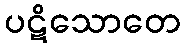
ပဋိသောတေ